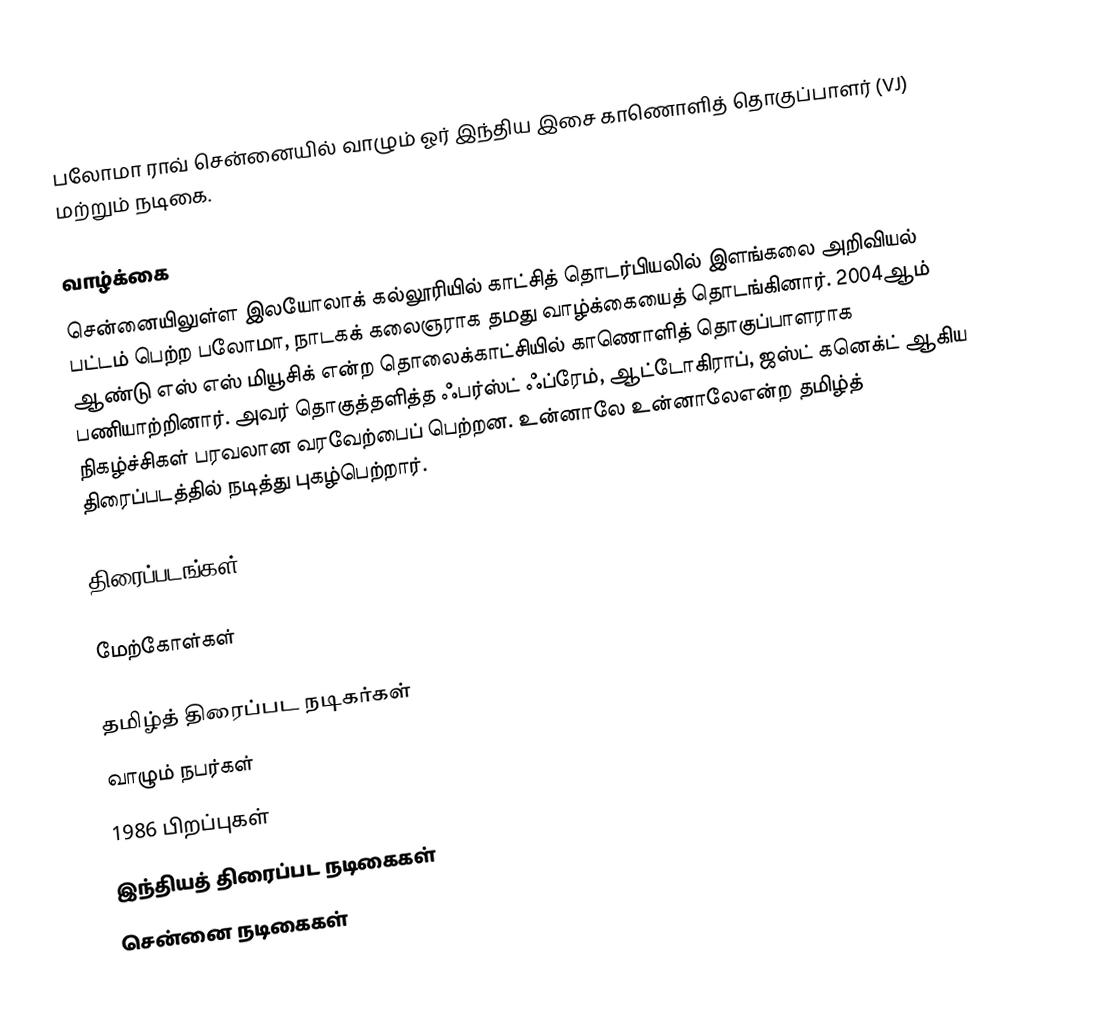
பலோமா ராவ்  சென்னையில் வாழும் ஓர் இந்திய  இசை காணொளித் தொகுப்பாளர் (VJ) மற்றும் நடிகை.

வாழ்க்கை
சென்னையிலுள்ள இலயோலாக் கல்லூரியில் காட்சித் தொடர்பியலில் இளங்கலை அறிவியல் பட்டம் பெற்ற பலோமா, நாடகக் கலைஞராக தமது வாழ்க்கையைத் தொடங்கினார். 2004ஆம் ஆண்டு எஸ் எஸ் மியூசிக் என்ற தொலைக்காட்சியில் காணொளித் தொகுப்பாளராக பணியாற்றினார். அவர் தொகுத்தளித்த ஃபர்ஸ்ட் ஃப்ரேம், ஆட்டோகிராப், ஜஸ்ட் கனெக்ட் ஆகிய நிகழ்ச்சிகள் பரவலான வரவேற்பைப் பெற்றன.  உன்னாலே உன்னாலேஎன்ற தமிழ்த் திரைப்படத்தில் நடித்து புகழ்பெற்றார்.

திரைப்படங்கள்

மேற்கோள்கள்

தமிழ்த் திரைப்பட நடிகர்கள்
வாழும் நபர்கள்
1986 பிறப்புகள்
இந்தியத் திரைப்பட நடிகைகள்
சென்னை நடிகைகள்